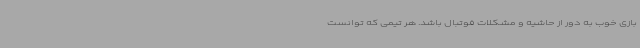
بازی خوب به دور از حاشیه‌ و مشکلات فوتبال باشد. هر تیمی که توانست